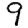
Digit: 9